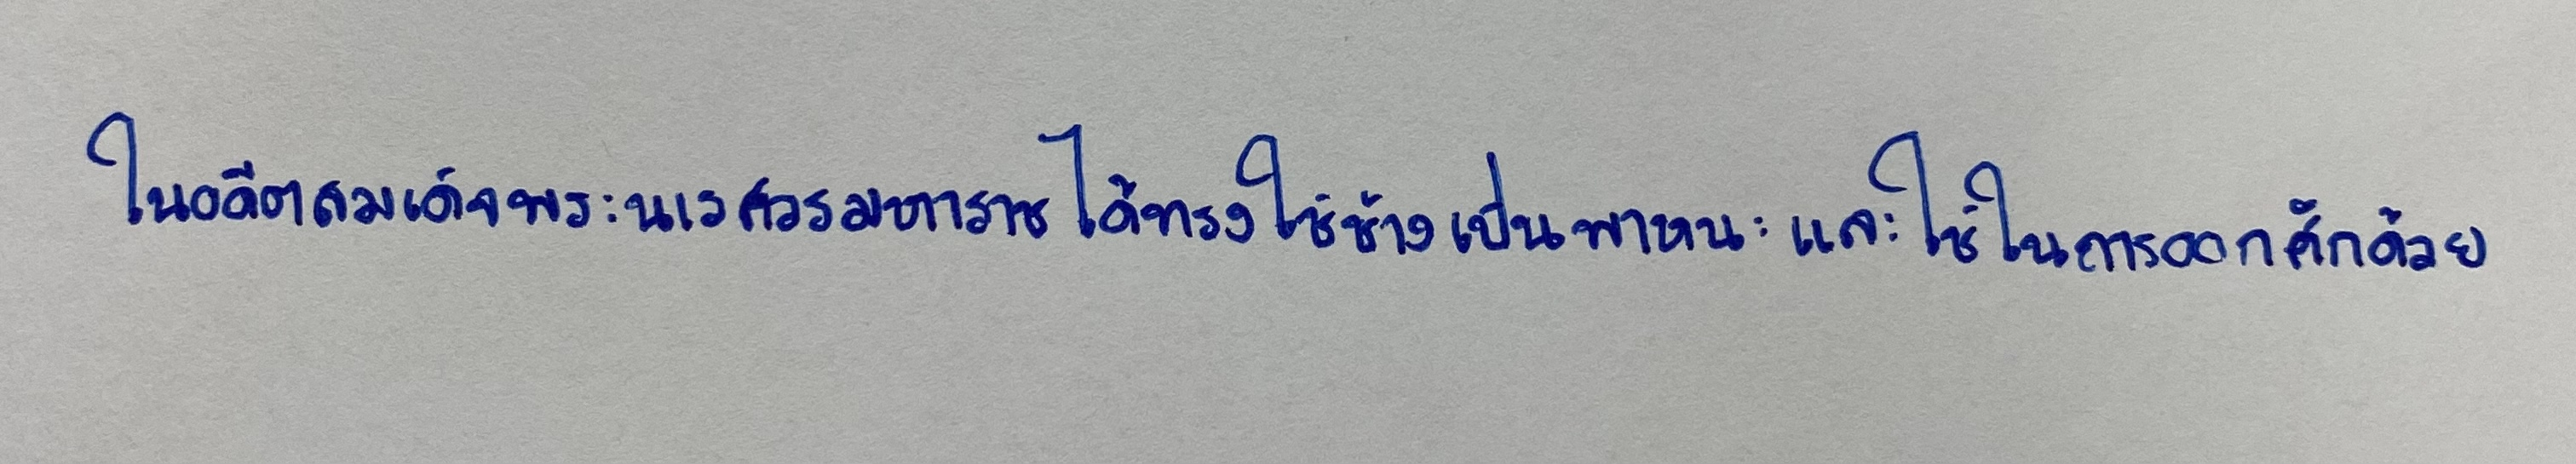
ในอดีตสมเด็จพระนเรศวรมหาราชได้ทรงใช้ช้างเป็นพาหนะและใช้ในการออกศึกด้วย